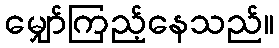
မျှော်ကြည့်နေသည်။